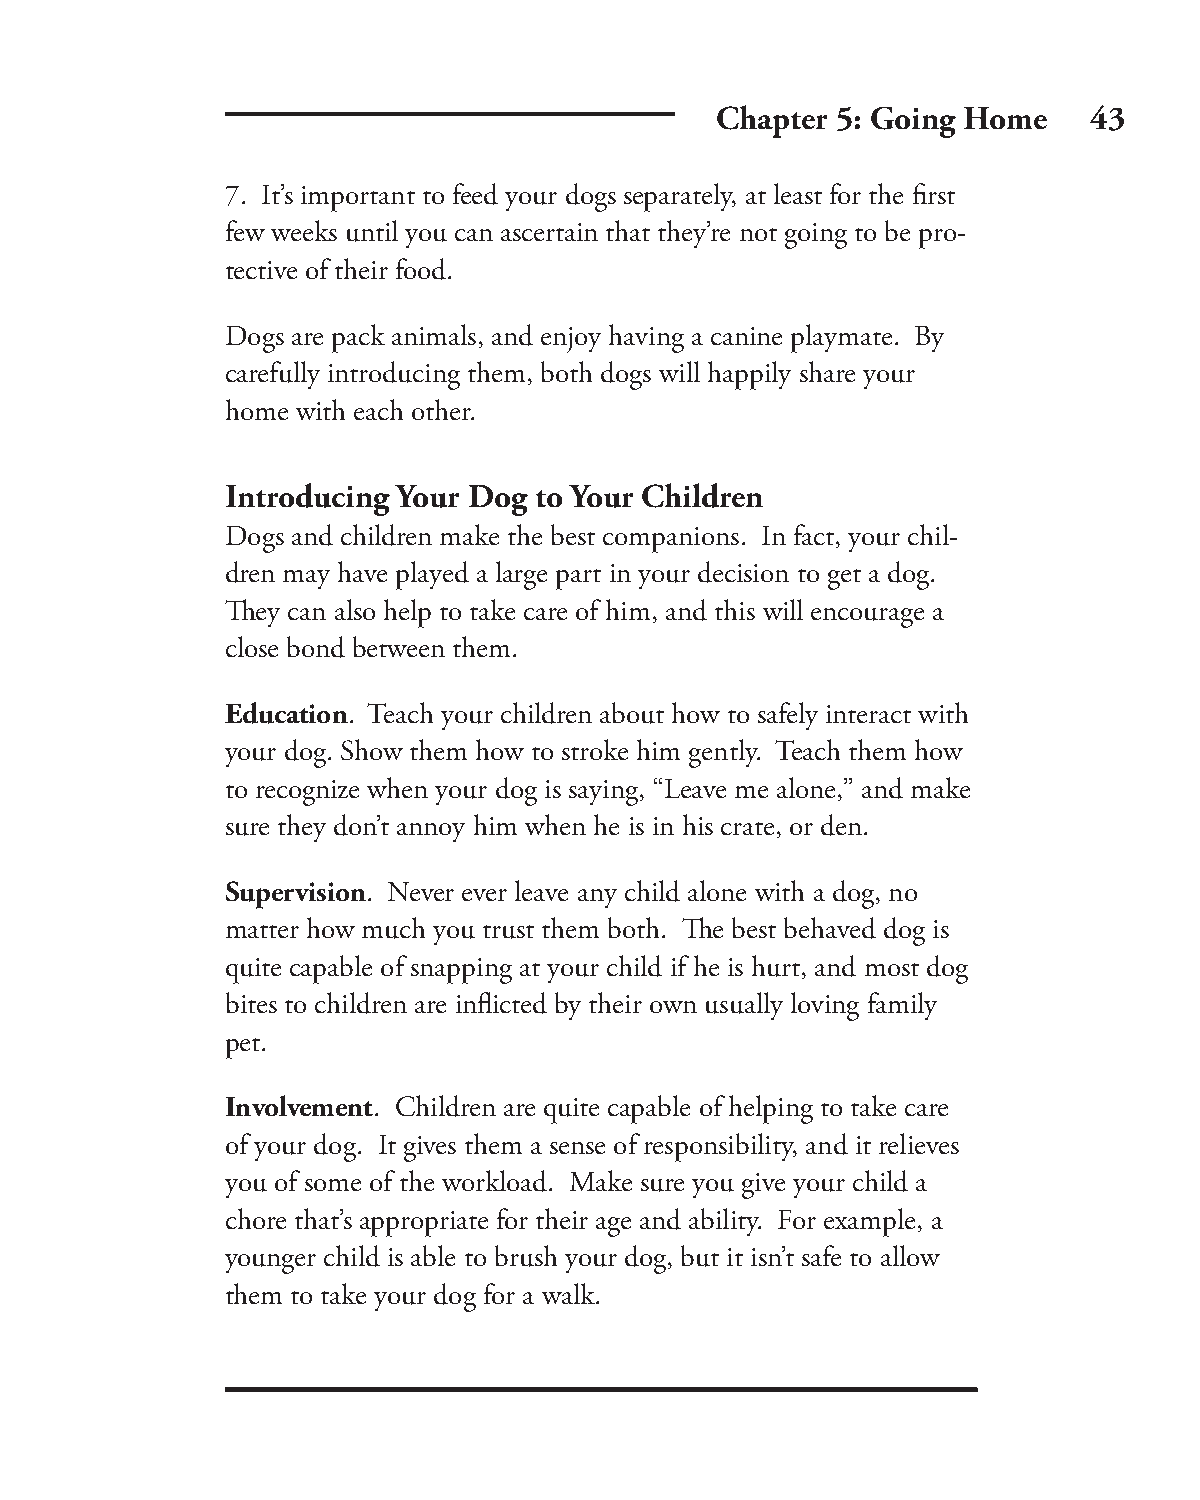
Chapter 5: Going Home    43
 7. It’s important to feed your dogs separately, at least for the fi rst
 few weeks until you can ascertain that they’re not going to be pro-
 tective of their food.
 Dogs are pack animals, and enjoy having a canine playmate. By
 carefully introducing them, both dogs will happily share your
 home with each other.
 Introducing Your Dog to Your Children
 Dogs and children make the best companions. In fact, your chil-
 dren may have played a large part in your decision to get a dog.
 Th ey can also help to take care of him, and this will encourage a
 close bond between them.
 Education. Teach your children about how to safely interact with
 your dog. Show them how to stroke him gently. Teach them how
 to recognize when your dog is saying, “Leave me alone,” and make
 sure they don’t annoy him when he is in his crate, or den.
 Supervision. Never ever leave any child alone with a dog, no
 matter how much you trust them both. Th e best behaved dog is
 quite capable of snapping at your child if he is hurt, and most dog
 bites to children are infl icted by their own usually loving family
 pet.
 Involvement. Children are quite capable of helping to take care
 of your dog. It gives them a sense of responsibility, and it relieves
 you of some of the workload. Make sure you give your child a
 chore that’s appropriate for their age and ability. For example, a
 younger child is able to brush your dog, but it isn’t safe to allow
 them to take your dog for a walk.